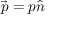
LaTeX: { \vec { p } } = p { \hat { n } }